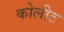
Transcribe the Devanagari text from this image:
कोलीट